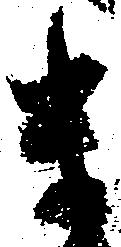
幾